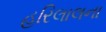
હરિલાલના